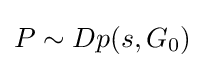
P\sim Dp(s,G_{0})